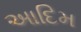
આદિમ